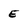
Character: E